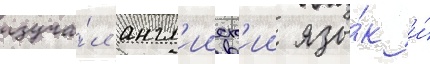
изуча́л англ'ииск'ии язы́к и́